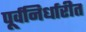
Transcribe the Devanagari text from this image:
पूर्वनिर्धारीत